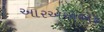
આરએએએફ